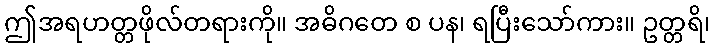
ဤအရဟတ္တဖိုလ်တရားကို။ အဓိဂတေ စ ပန၊ ရပြီးသော်ကား။ ဥတ္တရိ၊